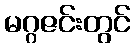
မဂ္ဂဇင်းတွင်